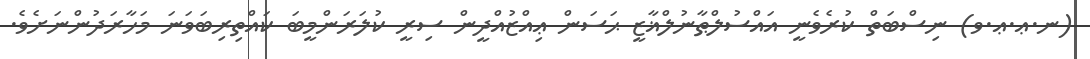
(ނ.ޢ.ޢ.ވ) ނިސްބަތް ކުރެވެނީ އައްސުލްޠާނުލްޣާޒީ ޙަސަން ޢިއްޒުއްދީން ސިރީ ކުލަރަންމީބަ ކައްތިރިބަވަނަ މަހާރަދުންނަށެވެ.